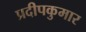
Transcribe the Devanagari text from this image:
प्रदीपकुमार